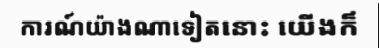
ការណ៍យ៉ាងណាទៀតនោះ យើងក៏